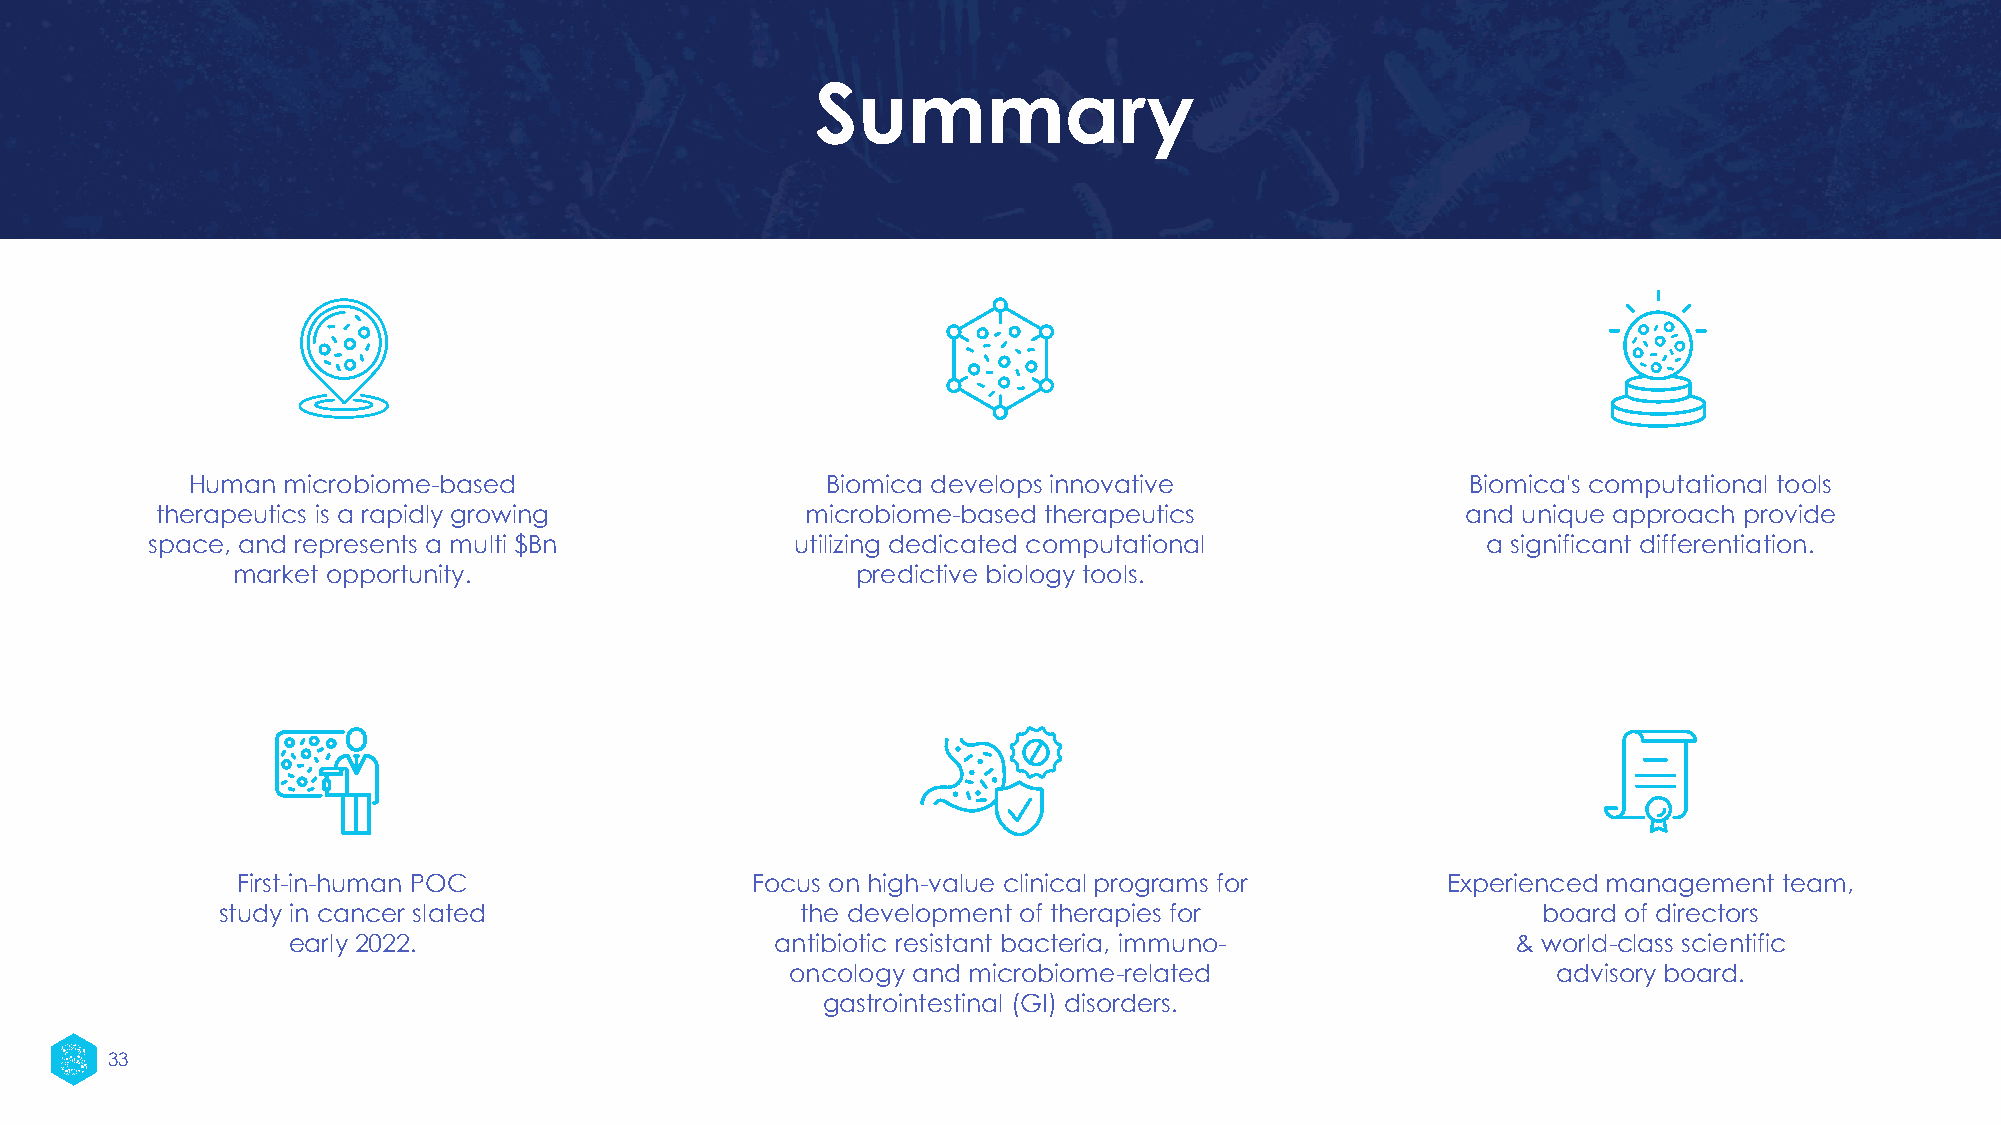
Summary
 Human  microbiome-based                    Biomica develops innovative               Biomica's computational tools
 therapeutics is a rapidly growing          microbiome-based therapeutics               and unique approach provide
 space, and represents a multi $Bn          utilizing dedicated computational            a significant differentiation.
 market opportunity.                       predictive biology tools.
 First-in-human POC                Focus on high-value clinical programs for     Experienced management team,
 study in cancer slated                 the development of therapies for                 board of directors
 early 2022.                     antibiotic resistant bacteria, immuno-           & world-class scientific
 oncology and microbiome-related                    advisory board.
 gastrointestinal (GI) disorders.
 33